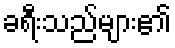
ခရီးသည်များ၏